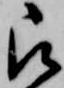
被